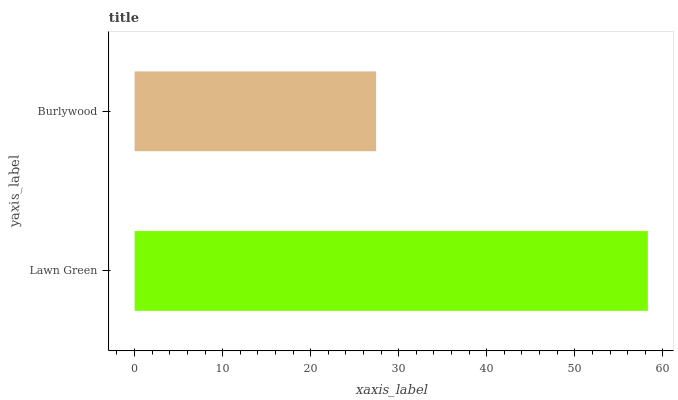
| yaxis_label | bars |
 | --- | --- |
 | Lawn Green | 58.3 |
 | Burlywood | 27.4 |